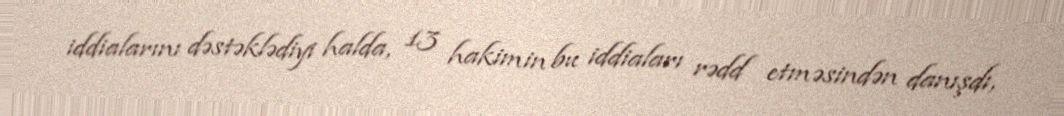
iddialarını dəstəklədiyi halda, 13 hakimin bu iddiaları rədd etməsindən danışdı,